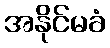
အနိုင်မခံ